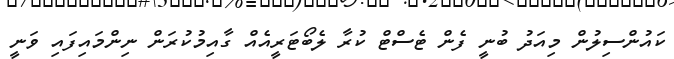
ކައުންސިލުން މިއަދު ބުނީ ފެން ޓެސްޓް ކުރާ ލެބޯޓަރީއެއް ގާއިމުކުރަން ނިންމައިފައި ވަނީ